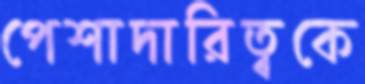
পেশাদারিত্বকে